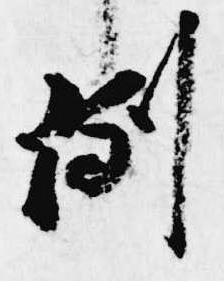
例